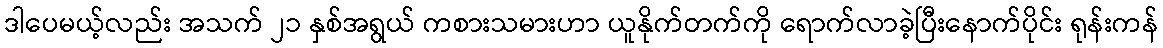
ဒါပေမယ့်လည်း အသက် ၂၁ နှစ်အရွယ် ကစားသမားဟာ ယူနိုက်တက်ကို ရောက်လာခဲ့ပြီးနောက်ပိုင်း ရုန်းကန်